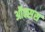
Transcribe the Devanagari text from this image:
ऑक्सस